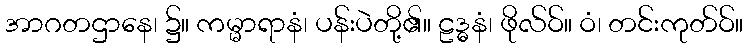
အာဂတဌာနေ၊ ၌။ ကမ္မာရာနံ၊ ပန်းပဲတို့၏။ ဠဒ္ဓနံ၊ ဖိုလ်ဝ်။ ဝံ၊ တင်းကုတ်ဝ်။